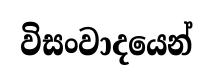
විසංවාදයෙන්